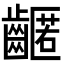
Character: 𪙛